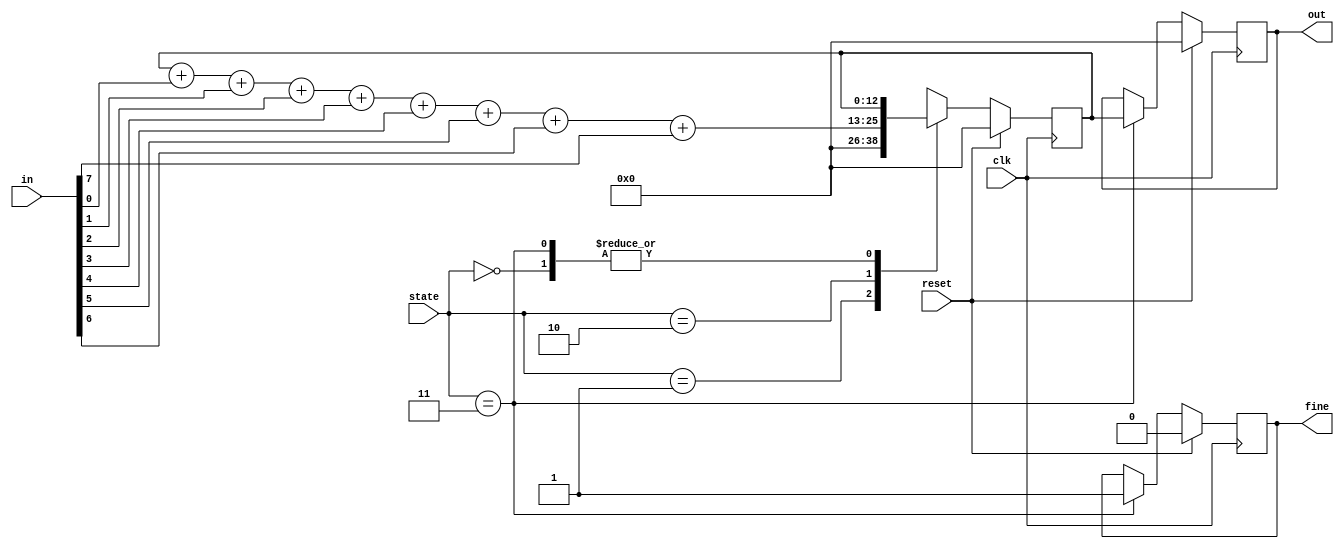
`timescale 1ns / 1ps

module Adder(
    input wire [7:0] in,
    
    input clk,
    input reset,
    
    input[1:0] state,    
    
    output reg fine,
    output reg [12:0] out
    );
    
    
    //Inizio della Funzione: "Somma dei bit del messaggio"
    
    
    //Dichiarazione variabili e registri d'appoggio
    integer i = 0;
    reg [12:0] adder;
         
       
    // Controllo lo stato della FSM: se sta a 01 inizio la somma, se sta a 10 mando in output il risultato
    always@(posedge clk)
        if (reset) begin 
            i = 0;      
            adder <= 8'h0;
            out <= 13'h0;
            fine <= 0;
        end
        
        else begin        
            case(state)
                
                //In questo stato l'adder non esegue operazioni
                2'b00 : begin 
                end
                
                //Libero il registro di appoggio "adder"
                2'b01 : begin
                    adder <= 8'h0;
                end 
                
                //Eseguo la somma degli 8 bit
                2'b10 : begin                     
                    for (i=0;i<=7;i=i+1) begin
                        adder = adder+in[i];                                            
                    end                                                                                                               
                end
                    
                //Mando in output il risultato        
                2'b11 : begin
                   out <= adder;                    
                   fine <= 1;                                    
                end
            endcase
        end
    
endmodule